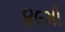
૪૯મી